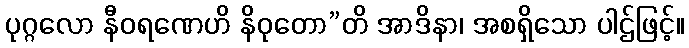
ပုဂ္ဂလော နီဝရဏေဟိ နိဝုတော”တိ အာဒိနာ၊ အစရှိသော ပါဌ်ဖြင့်။